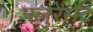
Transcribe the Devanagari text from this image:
फ्लुरेसेंट